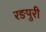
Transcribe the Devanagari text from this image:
रङपुरी